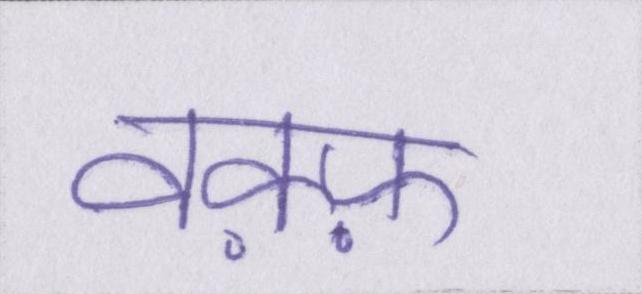
वक़्फ़